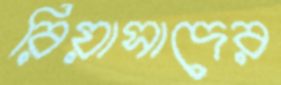
রিয়াসাদের